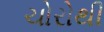
ચોરોથી